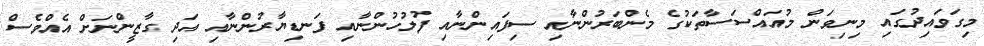
މިގަވައިދުގައި މިނިވަން މުއައްސަސާތަކުގެ މެންބަރުންނާއި ސިފައިންނާއި ފުލުހުންނާއި ފަނޑިޔާރުންނާއި އަދި ގާޒީންނަށް އެއްވެސް